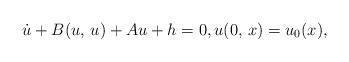
LaTeX: \begin{align*} \dot u+B(u,\,u)+A u+h=0,u(0,\,x)=u_0(x),\end{align*}